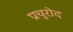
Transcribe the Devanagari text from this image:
प्रचुरोद